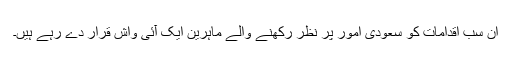
اِن سب اقدامات کو سعودی امور پر نظر رکھنے والے ماہرین ایک آئی واش قرار دے رہے ہیں۔